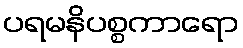
ပရမနိပစ္စကာရော